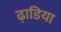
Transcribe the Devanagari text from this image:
ढ़ाडिया